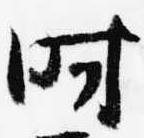
時